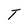
Character: T